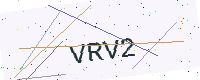
Text: VRV2